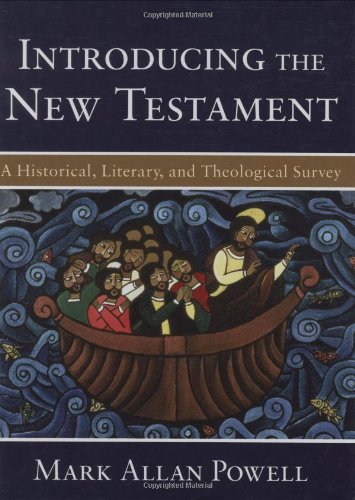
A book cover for Introducing the New Testament: A Historical, Literary, and Theological Survey; Mark Allan Powell; Christian Books & Bibles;